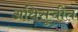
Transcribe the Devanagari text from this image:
अधिसूचीत